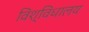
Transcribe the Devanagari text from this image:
विश्विधालय